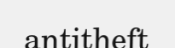
antitheft